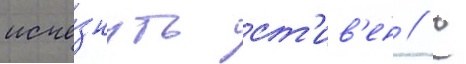
исче́знуть ст'ив'ен // С